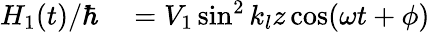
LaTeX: \begin{array}{rl}{H_{1}(t)/\hbar}&{{}=V_{1}\sin^{2}k_{l}z\cos(\omega t+\phi)}\end{array}